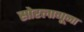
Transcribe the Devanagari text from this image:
सोरलागूना